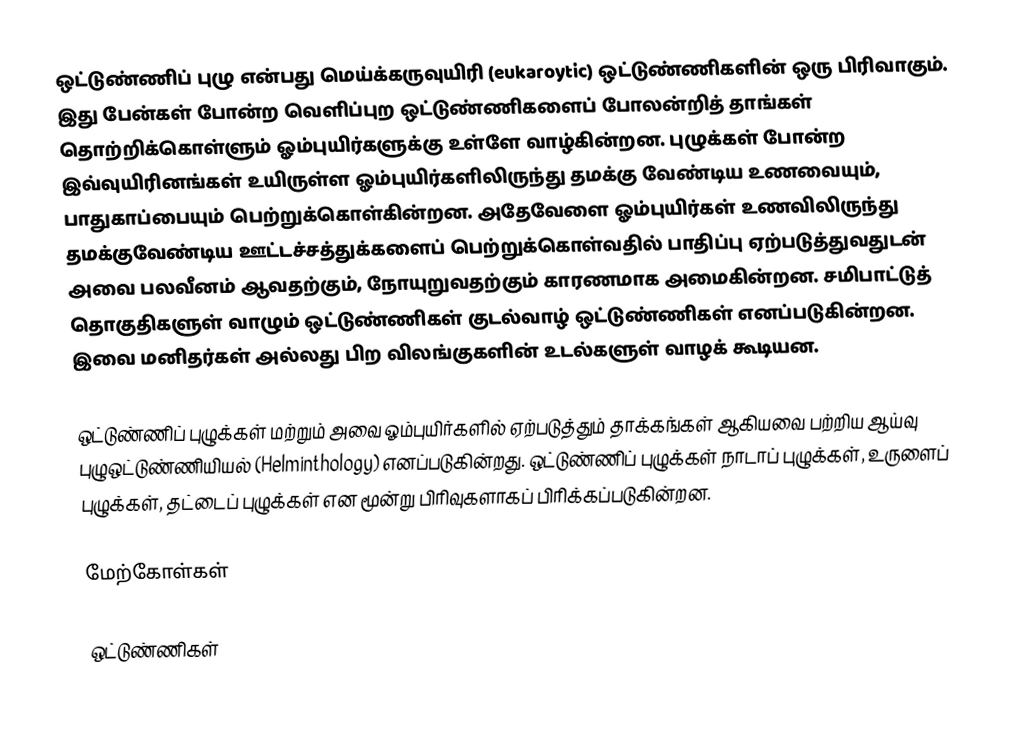
ஒட்டுண்ணிப் புழு என்பது மெய்க்கருவுயிரி (eukaroytic) ஒட்டுண்ணிகளின் ஒரு பிரிவாகும். இது பேன்கள் போன்ற வெளிப்புற ஒட்டுண்ணிகளைப் போலன்றித் தாங்கள் தொற்றிக்கொள்ளும் ஓம்புயிர்களுக்கு உள்ளே வாழ்கின்றன. புழுக்கள் போன்ற இவ்வுயிரினங்கள் உயிருள்ள ஓம்புயிர்களிலிருந்து தமக்கு வேண்டிய உணவையும், பாதுகாப்பையும் பெற்றுக்கொள்கின்றன. அதேவேளை ஓம்புயிர்கள் உணவிலிருந்து தமக்குவேண்டிய ஊட்டச்சத்துக்களைப் பெற்றுக்கொள்வதில் பாதிப்பு ஏற்படுத்துவதுடன் அவை பலவீனம் ஆவதற்கும், நோயுறுவதற்கும் காரணமாக அமைகின்றன. சமிபாட்டுத் தொகுதிகளுள் வாழும் ஒட்டுண்ணிகள் குடல்வாழ் ஒட்டுண்ணிகள் எனப்படுகின்றன. இவை மனிதர்கள் அல்லது பிற விலங்குகளின் உடல்களுள் வாழக் கூடியன.

ஒட்டுண்ணிப் புழுக்கள் மற்றும் அவை ஓம்புயிர்களில் ஏற்படுத்தும் தாக்கங்கள் ஆகியவை பற்றிய ஆய்வு புழுஒட்டுண்ணியியல் (Helminthology) எனப்படுகின்றது. ஒட்டுண்ணிப் புழுக்கள் நாடாப் புழுக்கள், உருளைப் புழுக்கள், தட்டைப் புழுக்கள் என மூன்று பிரிவுகளாகப் பிரிக்கப்படுகின்றன.

மேற்கோள்கள்

ஒட்டுண்ணிகள்